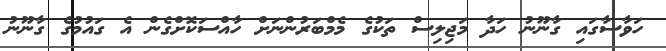
ހަވާސާގައި ގާނޫނު ހަދާ މަޖިލިސް ތަކުގެ މެމްބަރުންނަށް ހާއްސަކޮށްގެން އެ ގައުމުގެ ގާނޫނު